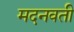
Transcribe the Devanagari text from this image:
मदनवती